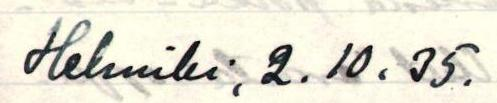
Helsinki, 2.10.35.